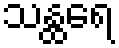
သန္ထရေ